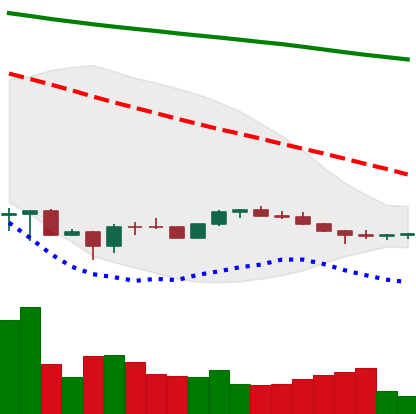
Ticker: ETH-USD
Chart end date: 2022-07-03
Forward return: 13.852%
Label: up_7plus